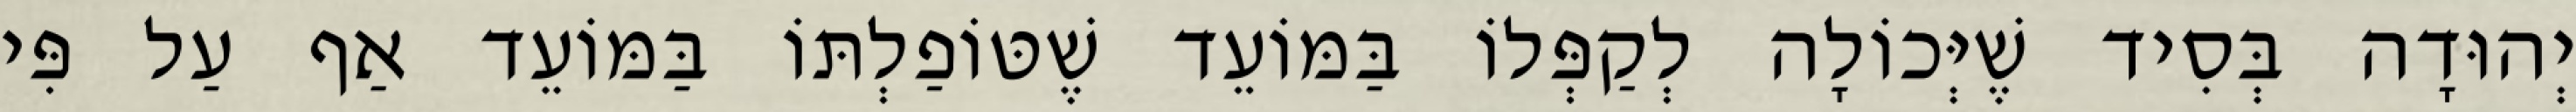
יְהוּדָה בְּסִיד שֶׁיְּכוֹלָה לְקַפְּלוֹ בַּמּוֹעֵד שֶׁטּוֹפַלְתּוֹ בַּמּוֹעֵד אַף עַל פִּי